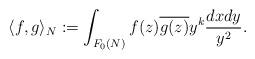
LaTeX: \begin{align*} \langle f,g\rangle_N:=\int_{F_0(N)}f(z)\overline{g(z)}y^{k}\frac{dxdy}{y^2}.\end{align*}